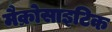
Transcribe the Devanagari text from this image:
मैक्रोसाइटिक